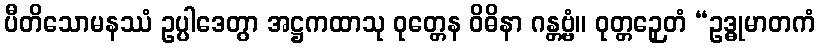
ပီတိသောမနဿံ ဥပ္ပါဒေတွာ အဋ္ဌကထာသု ဝုတ္တေန ဝိဓိနာ ဂန္တဗ္ဗံ။ ဝုတ္တဉှေတံ “ဥဒ္ဓုမာတကံ